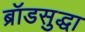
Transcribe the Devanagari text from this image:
ब्रॉडसुद्धा